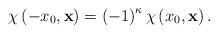
LaTeX: \begin{align*}\chi \left( -x_{0},\mathbf{x}\right) =\left( -1\right) ^{\kappa }\chi \left(x_{0},\mathbf{x}\right) .\end{align*}